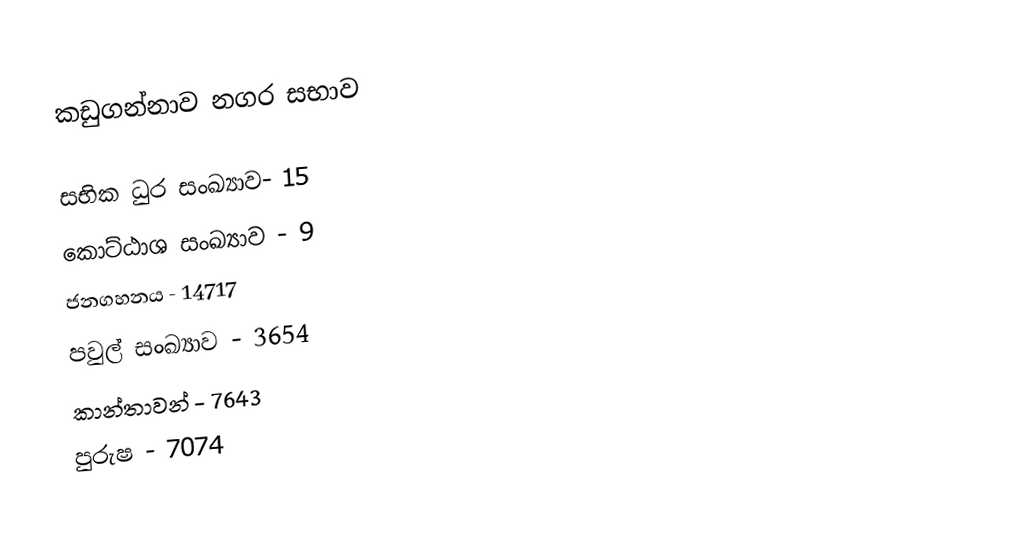
කඩුගන්නාව නගර සභාව

සභික ධුර සංඛ්‍යාව- 15
කොට්ඨාශ සංඛ්‍යාව - 9
ජනගහනය  - 14717
පවුල් සංඛ්‍යාව - 3654
කාන්තාවන් - 7643
පුරුෂ - 7074